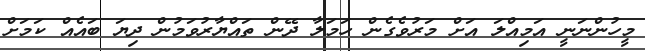
މީހުންނަނީ އަމިއްލަ އަށް މަރުވެގެން ހަމަލާ ދޭން ތައްޔާރުވަމުން ދިޔަ ބައެއް ކަމަށް